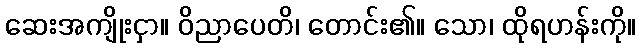
ဆေးအကျိုးငှာ။ ဝိညာပေတိ၊ တောင်း၏။ သော၊ ထိုရဟန်းကို။